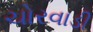
ચોરવાડી